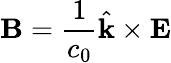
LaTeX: \mathbf{B}={\frac{1}{c_{0}}}{\hat{\mathbf{k}}}\times\mathbf{E}